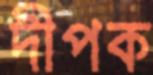
দীপক